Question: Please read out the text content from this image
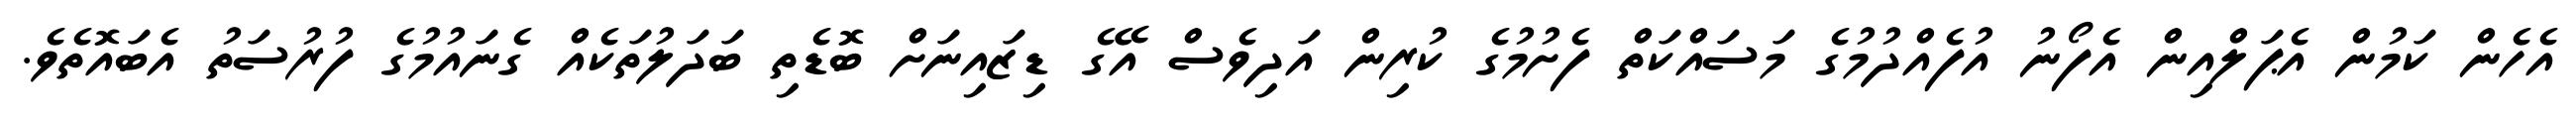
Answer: އެހެން ކަމުން އެޕަލްއިން އެފޯނު އުފެއްދުމުގެ މަސައްކަތް ފެށުމުގެ ކުރިން އަދިވެސް އޭގެ ޑިޒައިނަށް ބޮޑެތި ބަދަލުތަކެއް ގެނައުމުގެ ފުރުސަތު އެބައޮތެވެ.